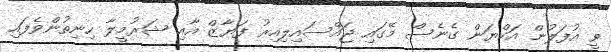
ވީ އުފަލުން އަކްޔަން ގެނެސް މޭގައި ޖައްސައިލިއިރު ފަޔާޒް އާއި ޝަރުމީލާ ހިނިތުންވެފައި